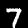
Digit: 7